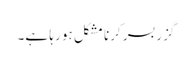
گزربسر کرنا مشکل ہو رہا ہے۔